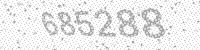
Solution: 685288